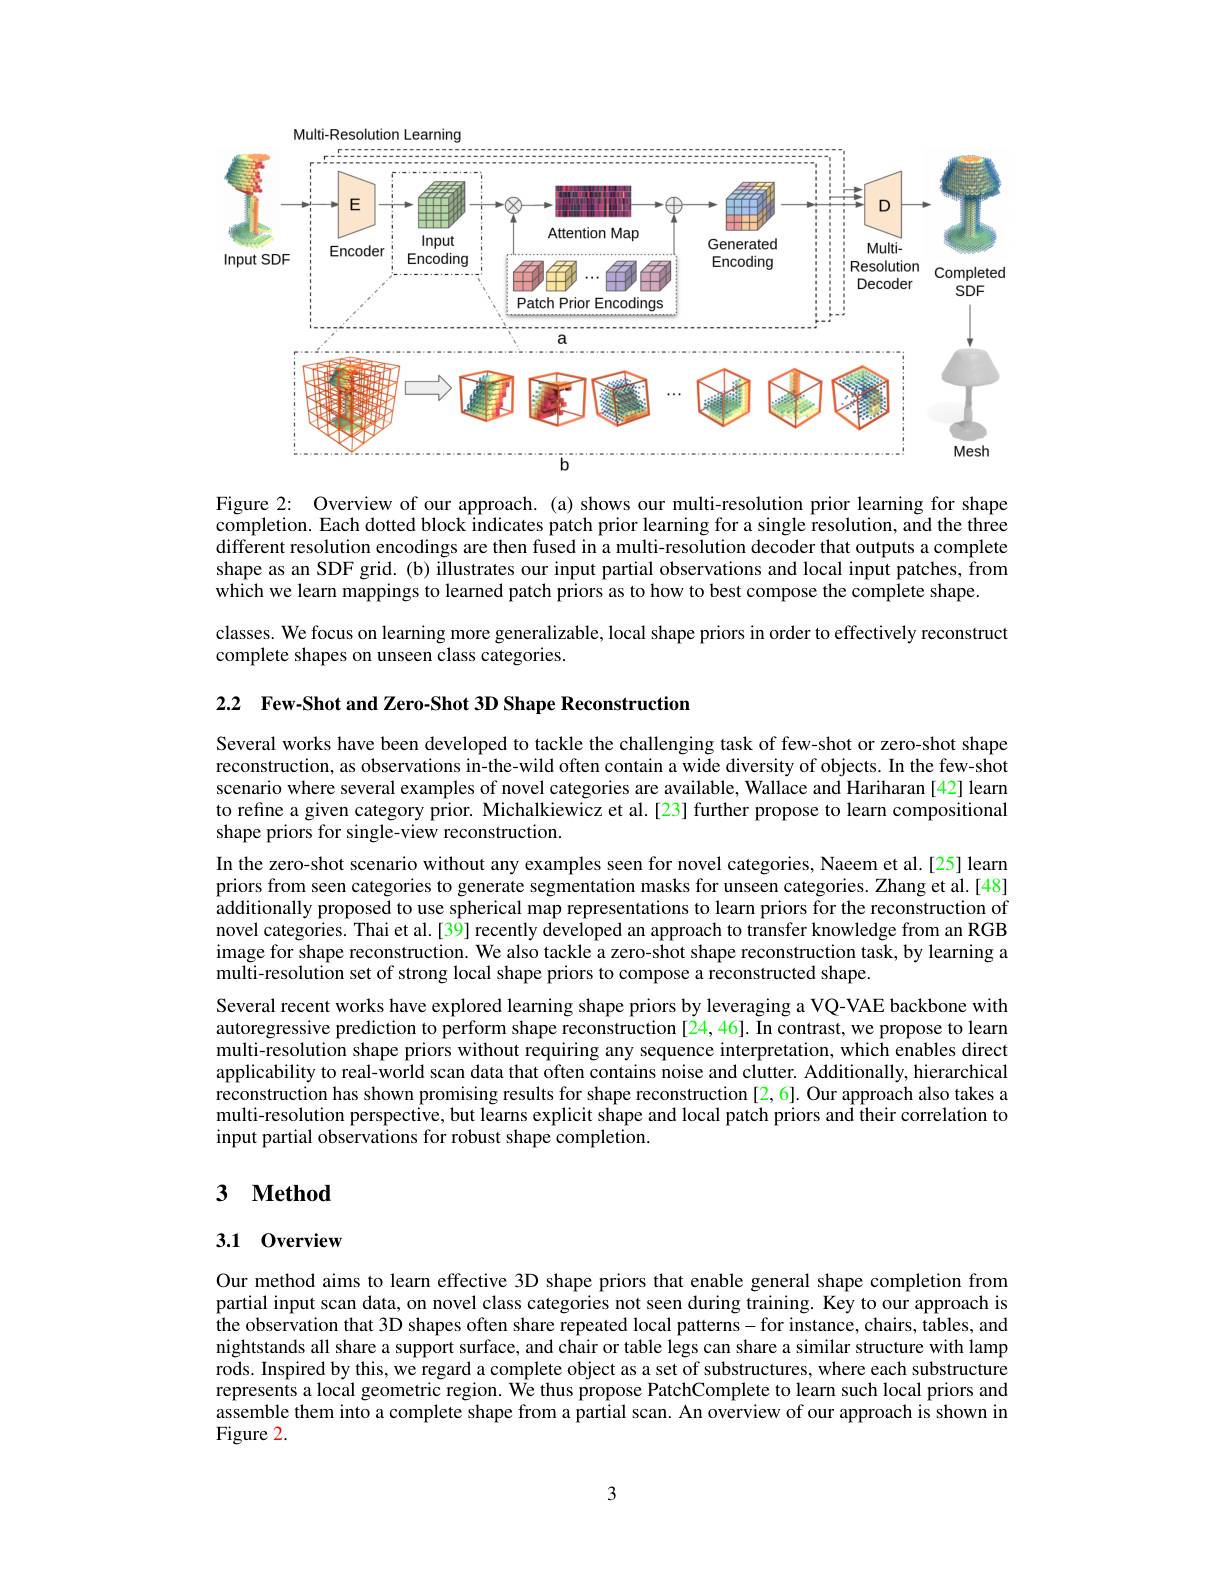
Multi-Resolution
<FigureHere>

Figure 2: Overview of our approach. (a) shows our multi-resolution prior learning for shape completion. Each dotted block indicates patch prior learning for a single resolution, and the three $\hat{\text{different resolution encodings are then fused in a multi-resolution decoder that outputs a complete}}$ shape as an SDF grid. (b) illustrates our input partial observations and local input patches, from which we learn mappings to learned patch priors as to how to best compose the complete shape.
classes. We focus on learning more generalizable, local shape priors in order to effectively reconstruct
complete shapes on unseen class categories.

2.2 Few-Shot and Zero-Shot 3D Shape Reconstruction

Several works have been developed to tackle the challenging task of few-shot or zero-shot shape reconstruction, as observations in-the-wild often contain a wide diversity of objects. In the few-shot scenario where several examples of novel categories are available, Wallace and Hariharan [42] learn to refine a given category prior. Michalkiewicz et al.[23] further propose to learn compositional shape priors for single-view reconstruction.
In the zero-shot scenario without any examples seen for novel categories, Naeem et al.[25] learn priors from seen categories to generate segmentation masks for unseen categories. Zhang et al.[48] $\hat{\text{additionally proposed to use spherical map representations to learn priors for the reconstruction of}}$ novel categories. Thai et al.[39] recently developed an approach to transfer knowledge from an RGB image for shape reconstruction. We also tackle a zero-shot shape reconstruction task, by learning a multi-resolution set of strong local shape priors to compose a reconstructed shape.
Several recent works have explored learning shape priors by leveraging a VQ-VAE backbone with autoregressive prediction to perform shape reconstruction [24,46]. In contrast, we propose to learn multi-resolution shape priors without requiring any sequence interpretation, which enables direct applicability to real-world scan data that often contains noise and clutter. Additionally, hierarchical reconstruction has shown promising results for shape reconstruction [2, 6]. Our approach also takes a multi-resolution perspective, but learns explicit shape and local patch priors and their correlation to input partial observations for robust shape completion.

## 3 $\mathbf{Method}$

### 3.1 0verview

Our method aims to learn effective 3D shape priors that enable general shape completion from partial input scan data, on novel class categories not seen during training. Key to our approach is the observation that 3D shapes often share repeated local patterns-for instance, chairs, tables, and nightstands all share a support surface, and chair or table legs can share a similar structure with lamp rods. Inspired by this, we regard a complete object as a set of substructures, where each substructure represents a local geometric region. We thus propose PatchComplete to learn such local priors and assemble them into a complete shape from a partial scan. An overview of our approach is shown in Figure 2.

3